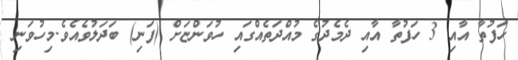
ހަފުތާ އާއި 3 ހަފުތާ އާއި ދެމެދުގެ މުއްދަތެއްގައި ހުވަންޏަށް (ފަނި) ބަދަލުވެއެވެ.މިހުވަނި